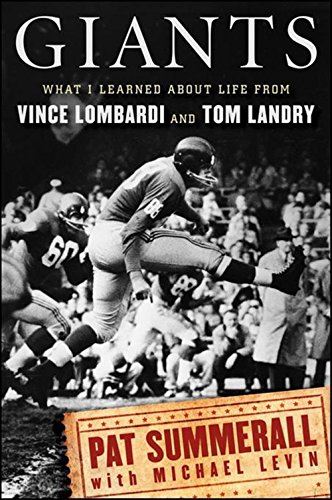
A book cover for Giants: What I Learned About Life from Vince Lombardi and Tom Landry; Pat Summerall; Sports & Outdoors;